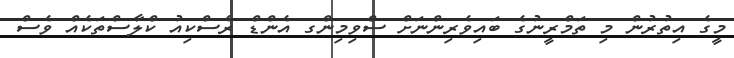
މީގެ އިތުރުން މި ތަމްރީނުގެ ބައިވެރިންނަށް ސްވިމިންގ އެންޑް ރެސްކިއު ކްލާސްތަކެއް ވެސް